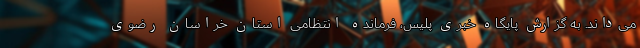
می‌داند. به گزارش پایگاه خبری پلیس، فرمانده انتظامی استان خراسان رضوی